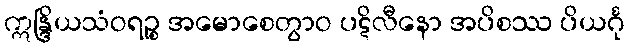
ဣန္ဒြိယသံဝရဉ္စ အမောစေတွာဝ ပဋိလီနော အပိစဿ ပိယင်္ဂု